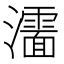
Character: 𰝰